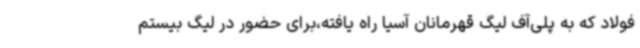
فولاد که به پلی‌آف لیگ قهرمانان آسیا راه یافته،برای حضور در لیگ بیستم